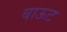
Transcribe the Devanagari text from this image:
बाऊट